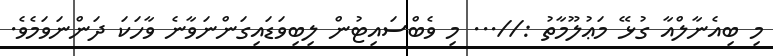
މި ބިއެނާލްއާ ގުޅޭ މަޢުލޫމާތު ://... މި ވެބްސައިޓުން ލިބިވަޑައިގަންނަވާނެ ވާހަކަ ދަންނަވަމެވެ.